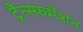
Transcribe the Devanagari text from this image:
ट्रैन्स्फर्मेशन